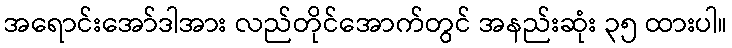
အရောင်းအော်ဒါအား လည်တိုင်အောက်တွင် အနည်းဆုံး ၃၅ ထားပါ။